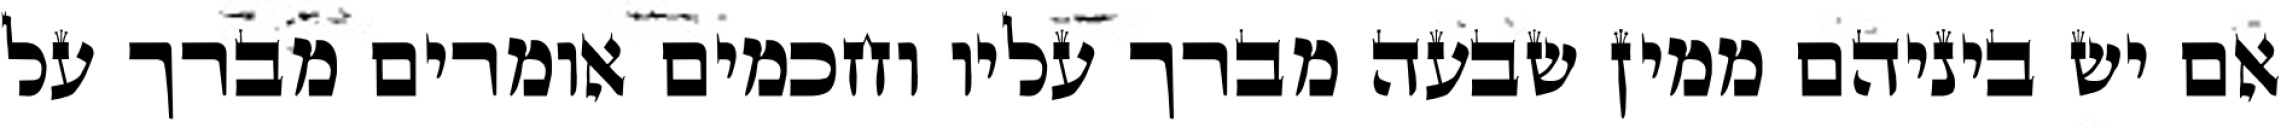
אם יש ביניהם ממין שבעה מברך עליו וחכמים אומרים מברך על